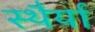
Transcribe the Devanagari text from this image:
स्थैर्या